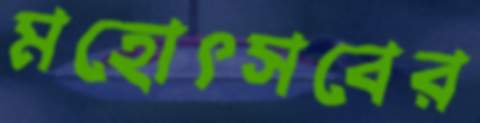
মহোৎসবের